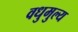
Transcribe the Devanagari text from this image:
वधुमुल्य